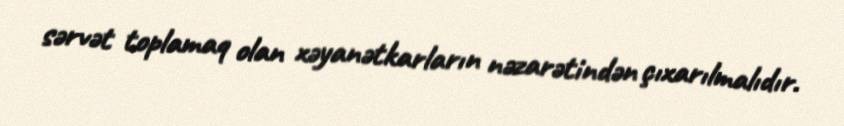
sərvət toplamaq olan xəyanətkarların nəzarətindən çıxarılmalıdır.